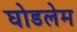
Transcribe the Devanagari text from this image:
घोडलेम